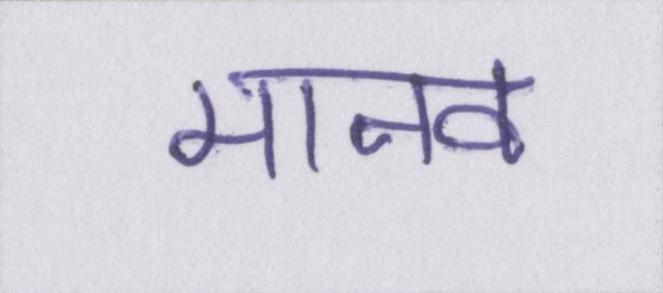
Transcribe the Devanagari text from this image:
मानव